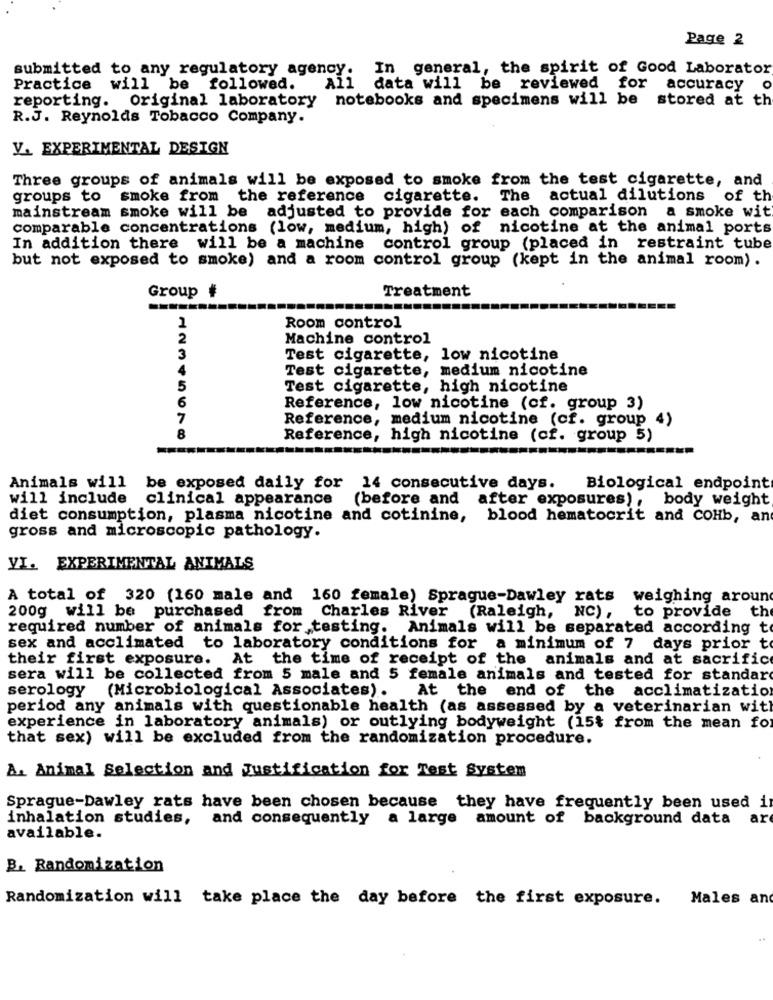
Page 2
submitted to any regulatory agency. In general, the spirit of Good Laborator
Practice will be followed.
All data will be reviewed for accuracy
reporting. Original laboratory notebooks and specimens will be stored at th
R.J. Reynolds Tobacco Company.
V. EXPERIMENTAL DESIGN
Three groups of animals will be exposed to smoke from the test cigarette, and
groups to
smoke from the reference cigarette. The actual dilutions of th
mainstream smoke will be adjusted to provide for each comparison a smoke wit
comparable concentrations (low, medium, high) of nicotine at the animal ports
In addition there will be a machine control group (placed in restraint tube
but not exposed to smoke) and a room control group (kept in the animal room).
Treatment
Group #
1
Room control
2
Machine control
3
Test cigarette, low nicotine
4
Test cigarette, medium nicotine
5
Test cigarette, high nicotine
6
Reference, low nicotine (cf. group 3)
7
Reference, medium nicotine (cf. group 4)
8
Reference, high nicotine (cf. group 5)
-
Animals will be exposed daily for 14 consecutive days. Biological endpoint
will include clinical appearance (before and after exposures), body weight
diet consumption, plasma nicotine and cotinine, blood hematocrit and COHb, an
gross and microscopic pathology.
VI. EXPERIMENTAL ANIMALS
A total of 320 (160 male and 160 female) Sprague-Dawley rats weighing around
th
200g will be purchased from Charles River (Raleigh,
NC), to provide
required number of animals for testing. Animals will be separated according to
sex and acclimated to laboratory conditions for a minimum of 7 days prior to
their first exposure. At the time of receipt of the animals and at sacrifice
sera will be collected from 5 male and 5 female animals and tested for standard
serology
(Microbiological Associates). At the end of the acclimatization
period any animals with questionable health (as assessed by a veterinarian with
experience in laboratory animals) or outlying bodyweight (15% from the mean for
that sex) will be excluded from the randomization procedure.
A. Animal Selection and Justification for Test System
Sprague-Dawley rats have been chosen because they have frequently been used i
inhalation studies, and consequently a large amount of background data ar
available.
B. Randomization
Randomization will take place the day before the first exposure.
Males an